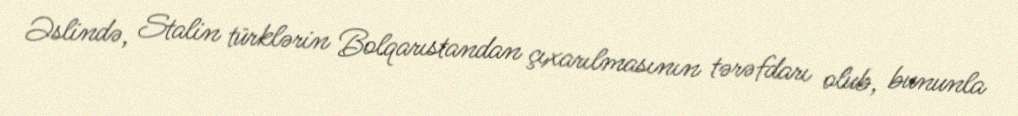
Əslində, Stalin türklərin Bolqarıstandan çıxarılmasının tərəfdarı olub, bununla